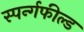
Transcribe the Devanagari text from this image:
स्पर्न्गफील्ड